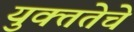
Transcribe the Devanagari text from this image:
युक्ततेचे